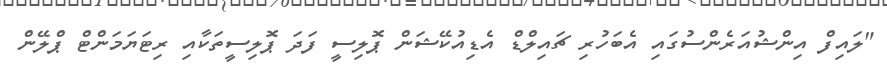
"ލައިފް އިންޝުއަރެންސުގައި އެބަހުރި ޗައިލްޑް އެޑިއުކޭޝަން ޕޮލިސީ ފަދަ ޕޮލިސީތަކާއި ރިޓަޔަމަންޓް ޕްލޭން